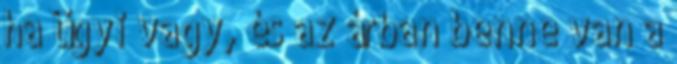
ha ügyi vagy, és az árban benne van a